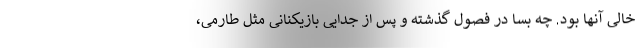
خالی آنها بود. چه بسا در فصول گذشته و پس از جدایی بازیکنانی مثل طارمی،